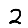
Digit: 2